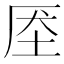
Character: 𰉧